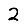
Digit: 2